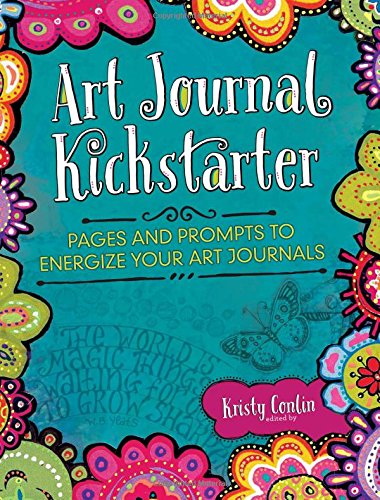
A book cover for Art Journal Kickstarter: Pages and Prompts to Energize Your Art Journals; Crafts, Hobbies & Home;